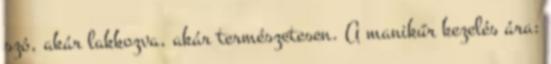
szó, akár lakkozva, akár természetesen. A manikűr kezelés ára: